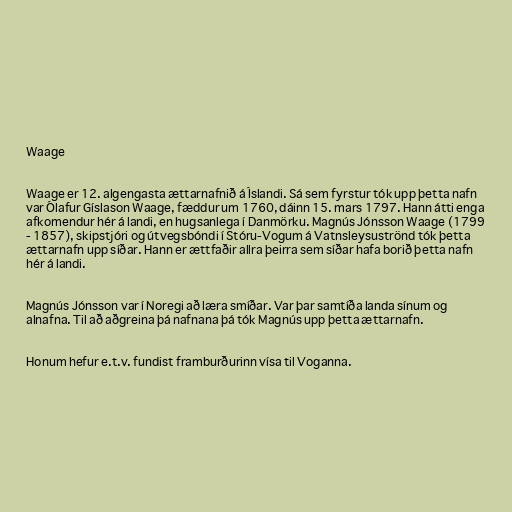
Waage

Waage er 12. algengasta ættarnafnið á Íslandi. Sá sem fyrstur tók upp þetta nafn
var Ólafur Gíslason Waage, fæddur um 1760, dáinn 15. mars 1797. Hann átti enga
afkomendur hér á landi, en hugsanlega í Danmörku. Magnús Jónsson Waage (1799
- 1857), skipstjóri og útvegsbóndi í Stóru-Vogum á Vatnsleysuströnd tók þetta
ættarnafn upp síðar. Hann er ættfaðir allra þeirra sem síðar hafa borið þetta nafn
hér á landi.

Magnús Jónsson var í Noregi að læra smíðar. Var þar samtíða landa sínum og
alnafna. Til að aðgreina þá nafnana þá tók Magnús upp þetta ættarnafn.

Honum hefur e.t.v. fundist framburðurinn vísa til Voganna.